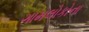
ગામલોકોના